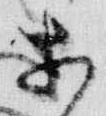
等